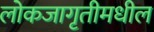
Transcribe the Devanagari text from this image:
लोकजागृतीमधील